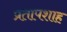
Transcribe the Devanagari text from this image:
प्रतापशाह